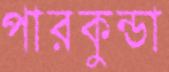
পারকুন্ডা